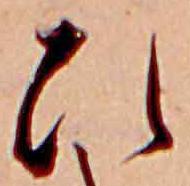
ひ